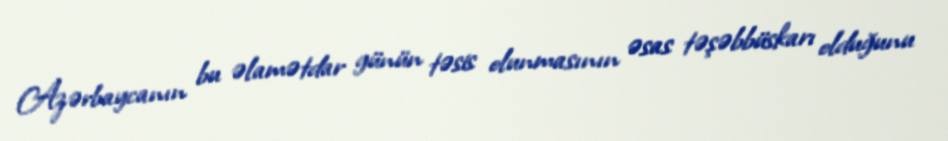
Azərbaycanın bu əlamətdar günün təsis olunmasının əsas təşəbbüskarı olduğunu